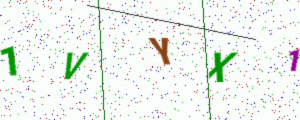
Text: 1VYX1